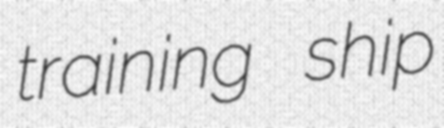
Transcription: training ship